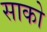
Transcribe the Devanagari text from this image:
साको